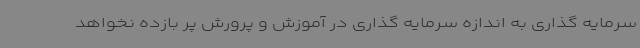
سرمایه گذاری به اندازه سرمایه گذاری در آموزش و پرورش پر بازده نخواهد